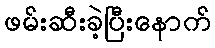
ဖမ်းဆီးခဲ့ပြီးနောက်